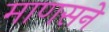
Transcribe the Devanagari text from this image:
माणसने